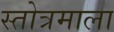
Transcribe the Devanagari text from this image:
स्तोत्रमाला